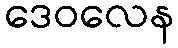
ဒေဝလေန